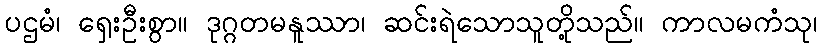
ပဌမံ၊ ရှေးဦးစွာ။ ဒုဂ္ဂတမနူဿာ၊ ဆင်းရဲသောသူတို့သည်။ ကာလမကံသု၊